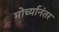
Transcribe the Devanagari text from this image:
मोर्च्यानंतर